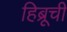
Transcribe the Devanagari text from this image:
हिब्रूची